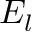
E _ { l }